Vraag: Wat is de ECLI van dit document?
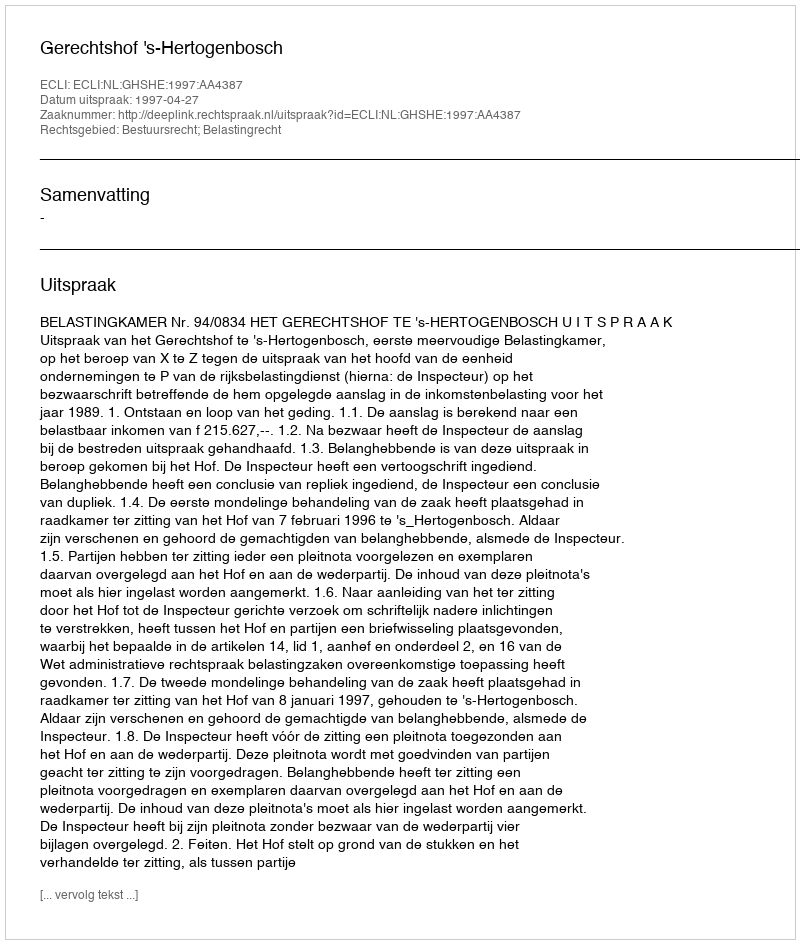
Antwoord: ECLI:NL:GHSHE:1997:AA4387